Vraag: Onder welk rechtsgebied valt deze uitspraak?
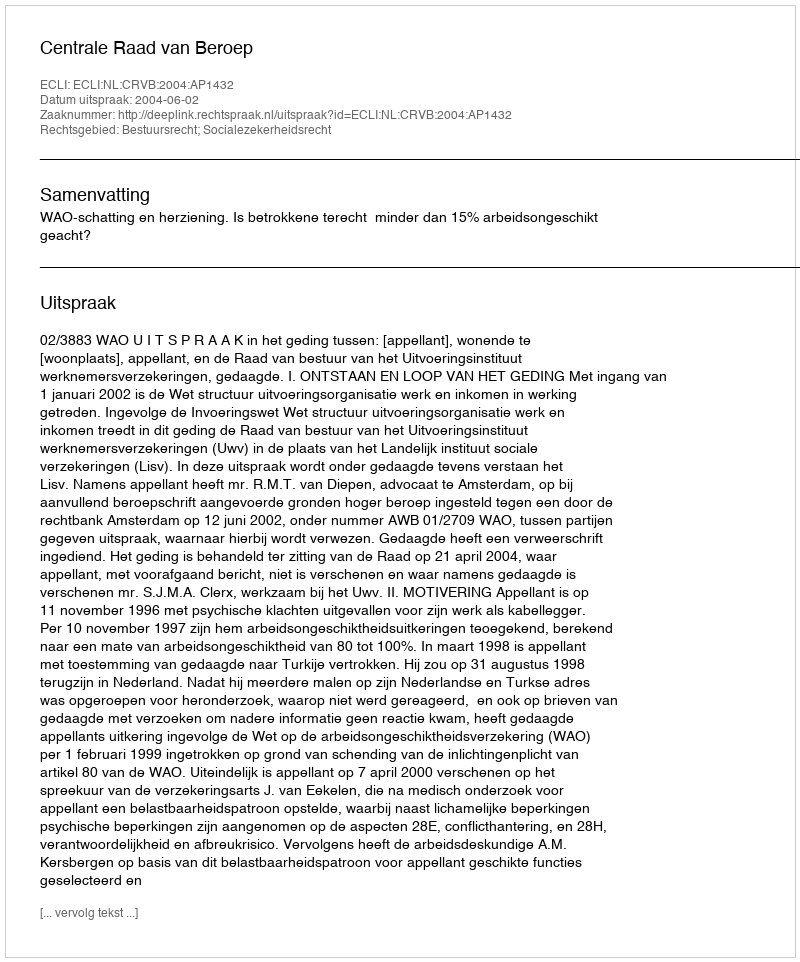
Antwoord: Bestuursrecht; Socialezekerheidsrecht